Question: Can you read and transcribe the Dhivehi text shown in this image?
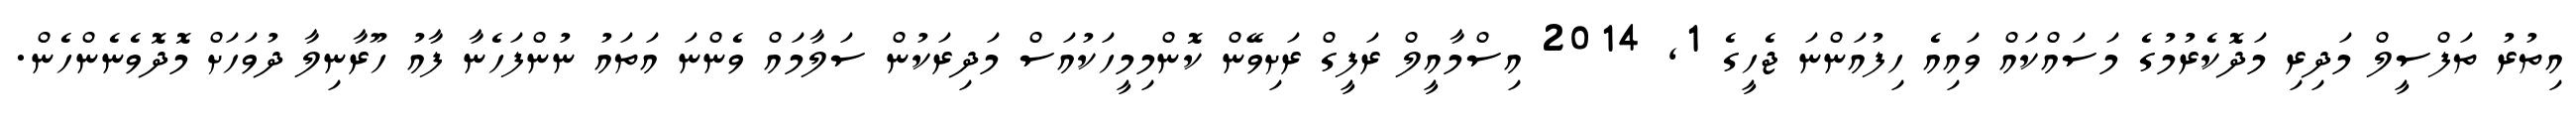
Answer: އިތުރު ތަފްސީލް މަދިރި މަދޮކެރުމުގެ މަސައްކައް ވައިއެ ހިފުއަންނަ ޖެހީގެ 1, 2014 އިސްމާއީލް ރަފީގް ރަށިވޭން ކޮންމިމީހަކުއަސް މަދިރަކުން ސަލާމައް ވެންނަ އަތައު ނުންފަހެނާ ފާއު ހޫރާނިލާ ދުވަހަށް މޮދޮވެނެންހެން.